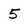
Character: 5